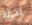
لدغة